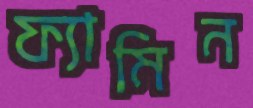
ফ্যামিন